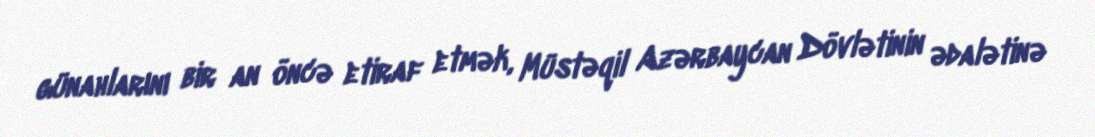
günahlarını bir an öncə etiraf etmək, Müstəqil Azərbaycan Dövlətinin ədalətinə